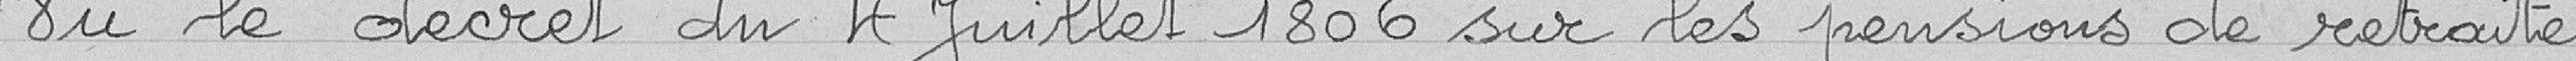
Vu le décret du 4 Juillet 1806 sur les pensions de retraite